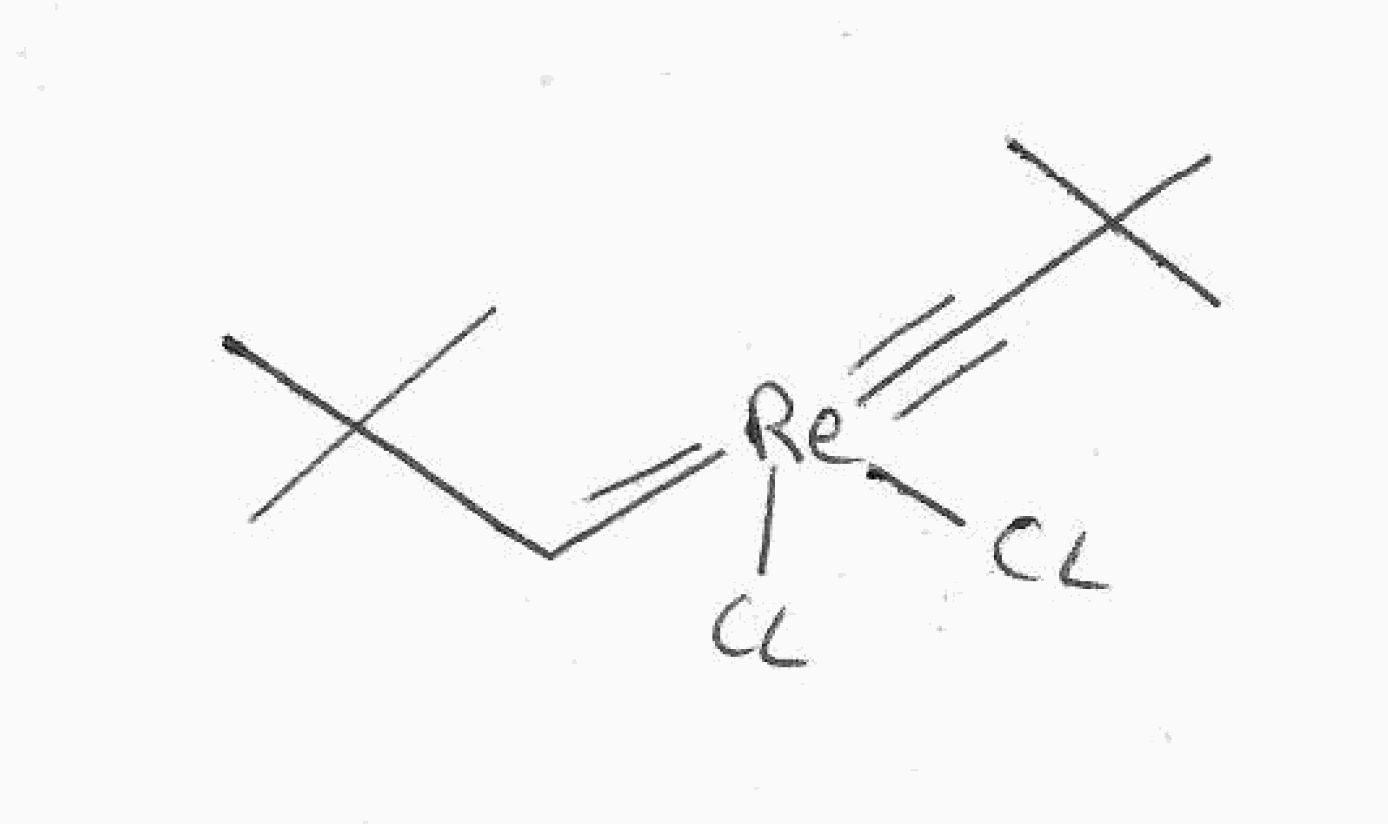
Simplified molecular-input line-entry system (SMILES) notation of the given molecule:
CC(C)(C)C=[Re](#CC(C)(C)C)(Cl)Cl